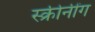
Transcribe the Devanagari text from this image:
स्क्रीनींग